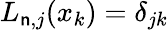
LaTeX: L_{\mathsf{n},j}(x_{k})=\delta_{jk}